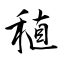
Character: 稙